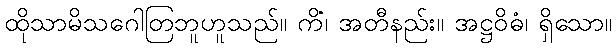
ထိုသာမိသဂေါတြဘူဟူသည်။ ကိံ၊ အတီနည်း။ အဋ္ဌဝိဓံ၊ ရှိသော။